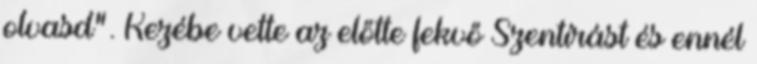
olvasd”. Kezébe vette az előtte fekvő Szentírást és ennél